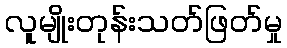
လူမျိုးတုန်းသတ်ဖြတ်မှု